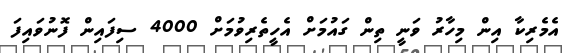
އެމެރިކާ އިން މިހާރު ވަނީ ތިން ގައުމަށް އެހީތެރިވުމަށް 4000 ސިފައިން ފޮނުވައިފަ